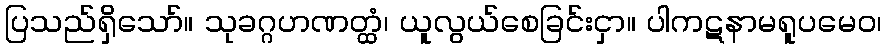
ပြသည်ရှိသော်။ သုခဂ္ဂဟဏတ္ထံ၊ ယူလွယ်စေခြင်းငှာ။ ပါကဋနာမရူပမေဝ၊